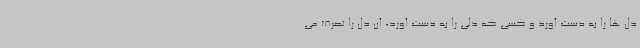
دل ها را به دست آورد و کسی که دلی را به دست آورد، آن دل را تصرف می